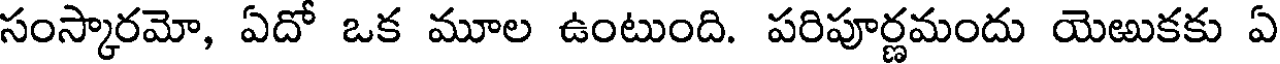
సంస్కారమో, ఏదో ఒక మూల ఉంటుంది. పరిపూర్ణమందు యెఱుకకు ఏ